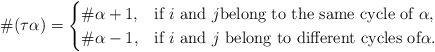
LaTeX: \begin{align*}\#(\tau \alpha)=\begin{cases} \#\alpha+1, &\text{if $i$ and $j$belong to the same cycle of $\alpha$},\\\#\alpha-1, &\text{if $i$ and $j$ belong to different cycles of$\alpha$}.\end{cases}\end{align*}